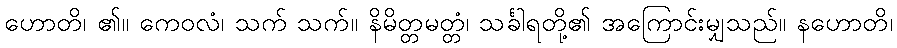
ဟောတိ၊ ၏။ ကေဝလံ၊ သက် သက်။ နိမိတ္တမတ္တံ၊ သင်္ခါရတို့၏ အကြောင်းမျှသည်။ နဟောတိ၊